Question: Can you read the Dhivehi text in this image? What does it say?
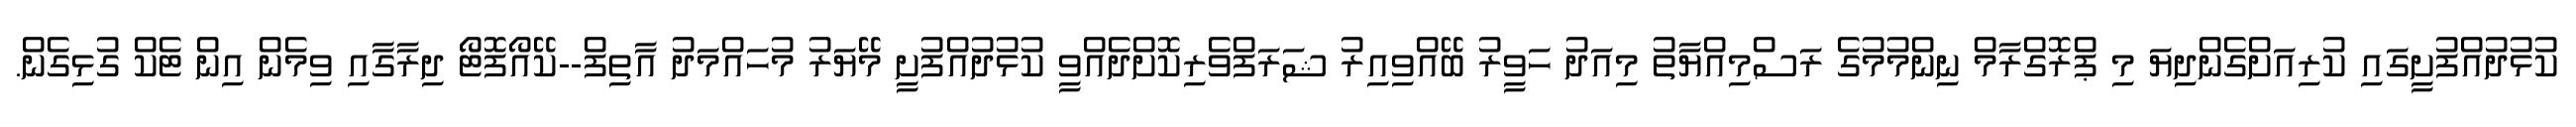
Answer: ކުޅުދުއްފުށީގައި ކުރިއަށްގެންދިޔަ މި ޕްރޮގްރާމް ނިންމުމުގެ ރަސްމިއްޔާތު މިއަދު ހަވީރު ބޭއްވިއިރު ޝަރަފްވެރިކޮށްދެއްވީ ކުޅުދުއްފުށީ މޭޔަރު މުހައްމަދު އާތިފް--ކޭއޯފޮޓޯ ދިރާގާއި ވިމެން އިން ޓެކް ގުޅިގެން.